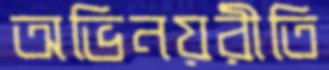
অভিনয়রীতি